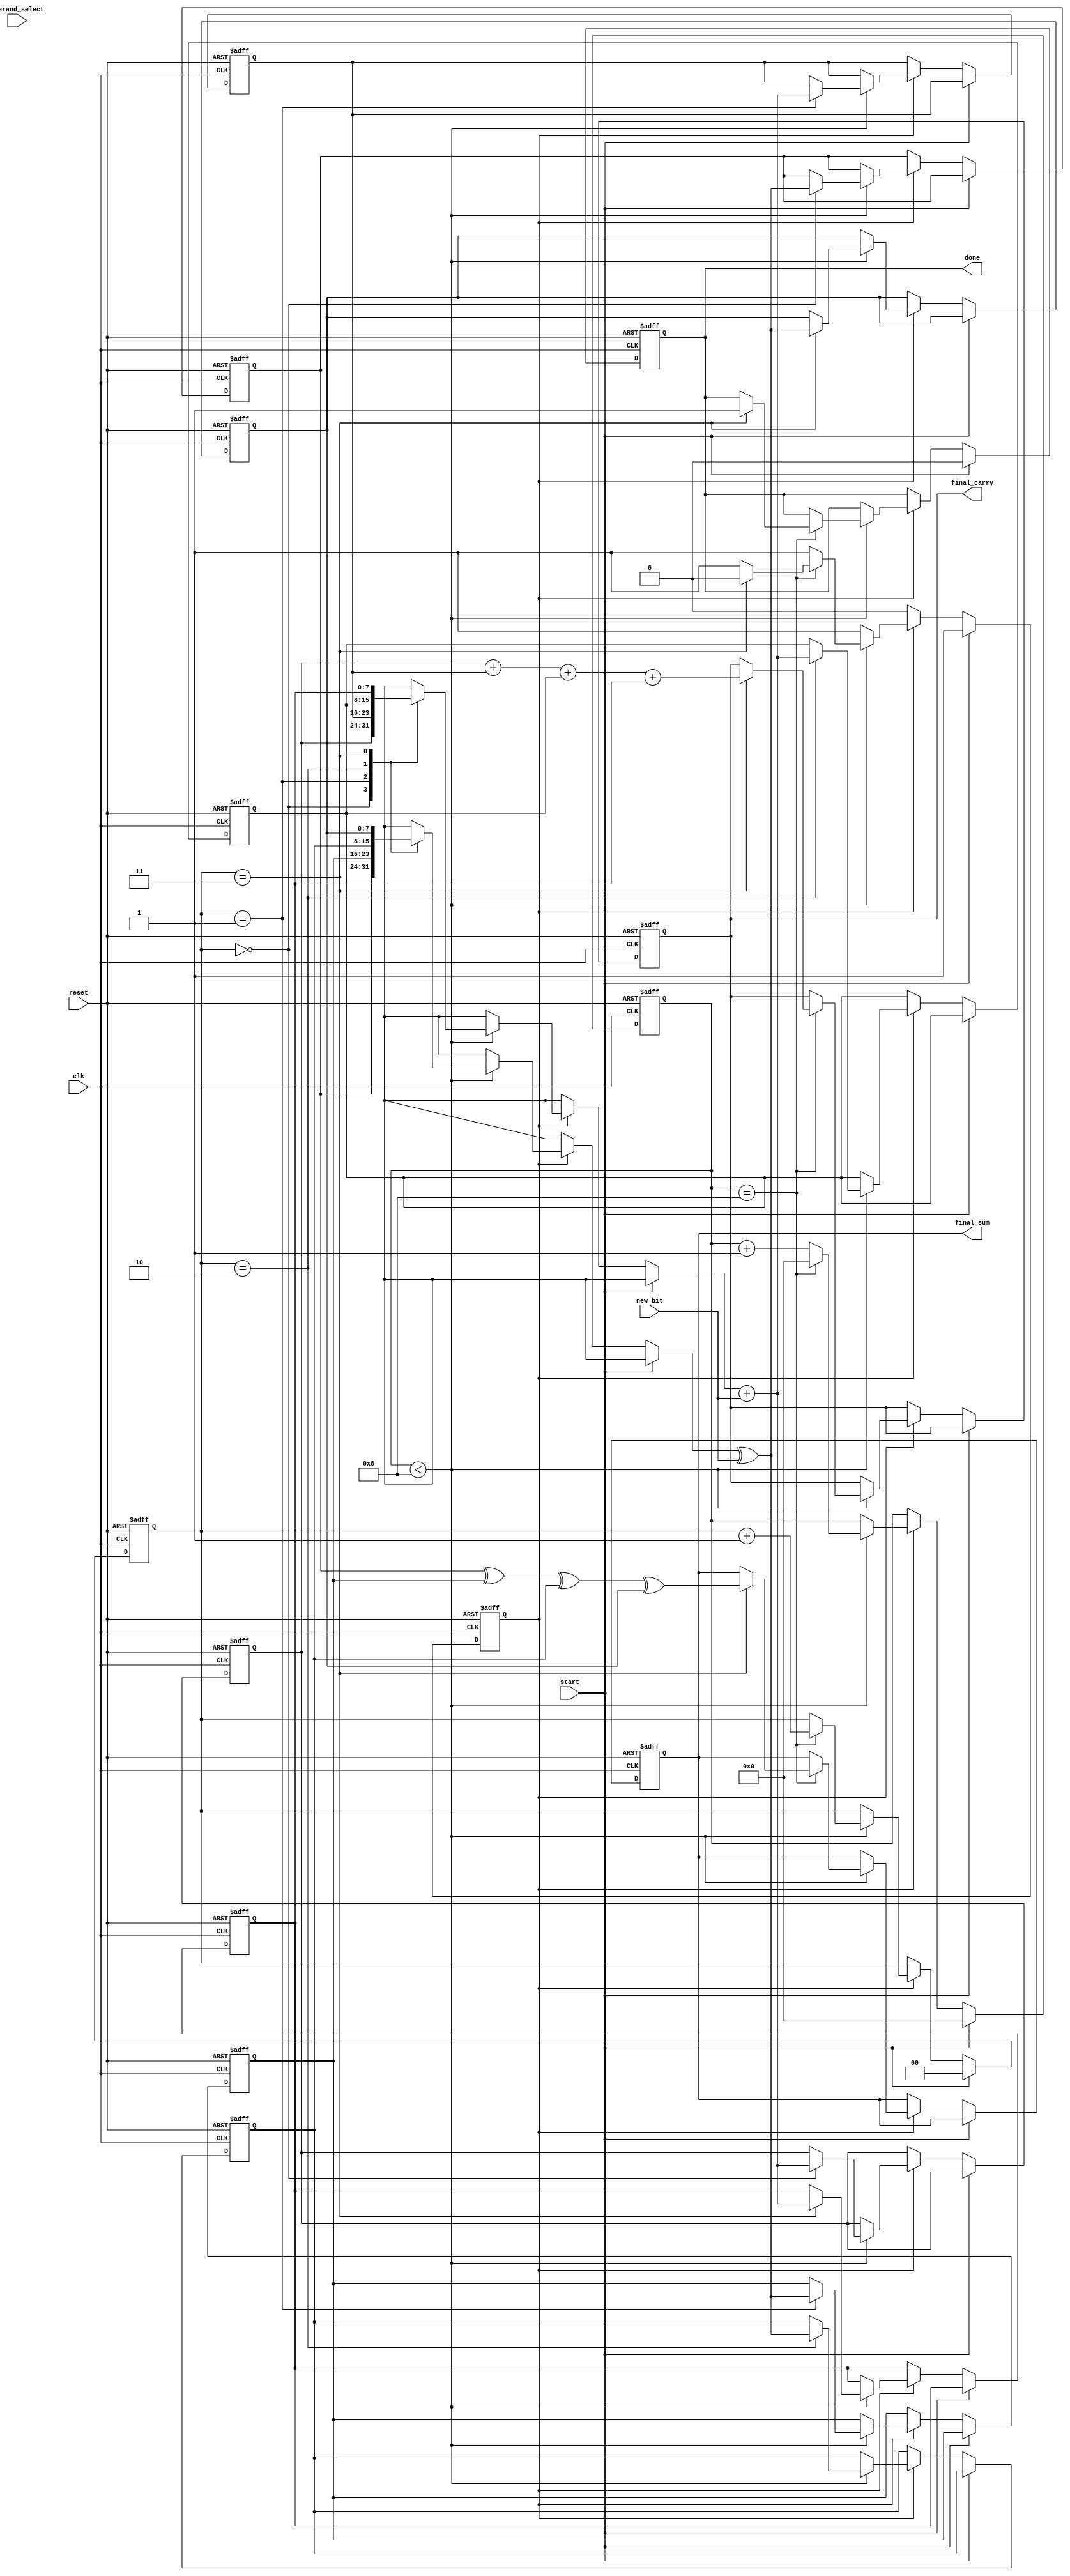
module CarrySaveAdder (
    input wire clk,
    input wire reset,
    input wire new_bit,        // Serial input bit
    input wire [1:0] operand_select, // Selects which operand to add (0, 1, 2, etc.)
    input wire start,          // Signal to start the addition process
    output reg [7:0] final_sum, // Final sum output
    output reg [7:0] final_carry, // Final carry output
    output reg done            // Indicates when the operation is complete
);

    reg [7:0] sum [0:3];      // Array to hold intermediate sums
    reg [7:0] carry [0:3];    // Array to hold intermediate carries
    reg [1:0] current_operand; // Tracks the current operand being processed
    reg [3:0] bit_count;       // Counts the number of bits processed
    reg processing;            // Indicates if processing is ongoing

    // Initialize registers
    always @(posedge clk or posedge reset) begin
        if (reset) begin
            final_sum <= 0;
            final_carry <= 0;
            current_operand <= 0;
            bit_count <= 0;
            processing <= 0;
            done <= 0;
            // Initialize sums and carries
            sum[0] <= 0;
            sum[1] <= 0;
            sum[2] <= 0;
            sum[3] <= 0;
            carry[0] <= 0;
            carry[1] <= 0;
            carry[2] <= 0;
            carry[3] <= 0;
        end else if (start) begin
            processing <= 1;
            current_operand <= 0;
            bit_count <= 0;
            done <= 0;
        end else if (processing) begin
            // Process incoming bit
            if (bit_count < 8) begin
                // Update the sum and carry for the current operand
                sum[current_operand] <= sum[current_operand] ^ new_bit; // XOR for sum
                carry[current_operand] <= carry[current_operand] + new_bit; // Add for carry

                // Move to the next bit
                bit_count <= bit_count + 1;

                // If all bits for the current operand are processed
                if (bit_count == 8) begin
                    // Move to the next operand
                    current_operand <= current_operand + 1;
                    bit_count <= 0;

                    // If all operands are processed
                    if (current_operand == 3) begin
                        processing <= 0;
                        // Finalize the sum and carry
                        final_sum <= sum[0] ^ sum[1] ^ sum[2] ^ sum[3]; // Final sum
                        final_carry <= carry[0] + carry[1] + carry[2] + carry[3]; // Final carry
                        done <= 1; // Indicate completion
                    end
                end
            end
        end
    end
endmodule